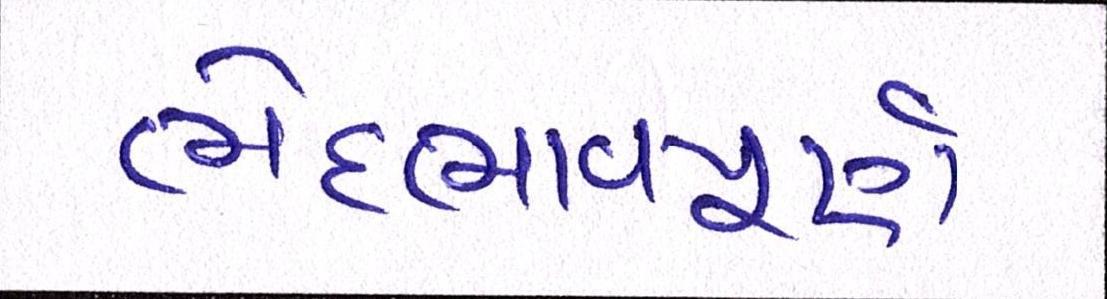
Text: ભેદભાવપૂર્ણ